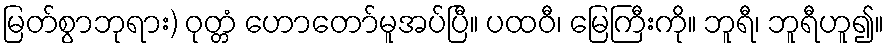
မြတ်စွာဘုရား) ဝုတ္တံ ဟောတော်မူအပ်ပြီ။ ပထဝီ၊ မြေကြီးကို။ ဘူရီ၊ ဘူရီဟူ၍။